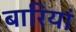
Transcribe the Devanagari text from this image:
बारियां